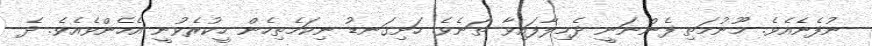
ނުފެނެއެވެ. މޫނުމަތި ފެންނަނީ ދެމިލާފައިވާ ތަނެވެ. ހަށިގަނޑު ނިކަމެތިހެން ހީކުރެވުނީ އެހެންވެއެވެ. ދެ